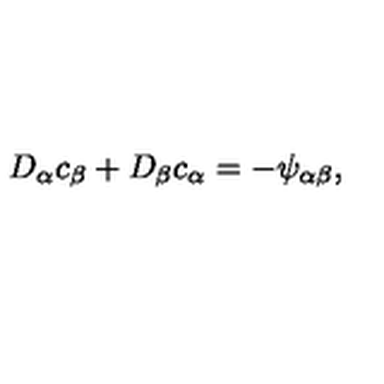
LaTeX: D _ { \alpha } c _ { \beta } + D _ { \beta } c _ { \alpha } = - \psi _ { \alpha \beta } ,